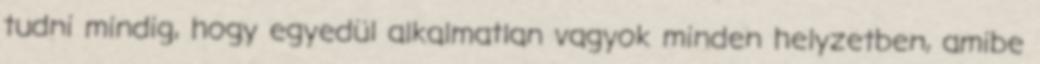
tudni mindig, hogy egyedül alkalmatlan vagyok minden helyzetben, amibe